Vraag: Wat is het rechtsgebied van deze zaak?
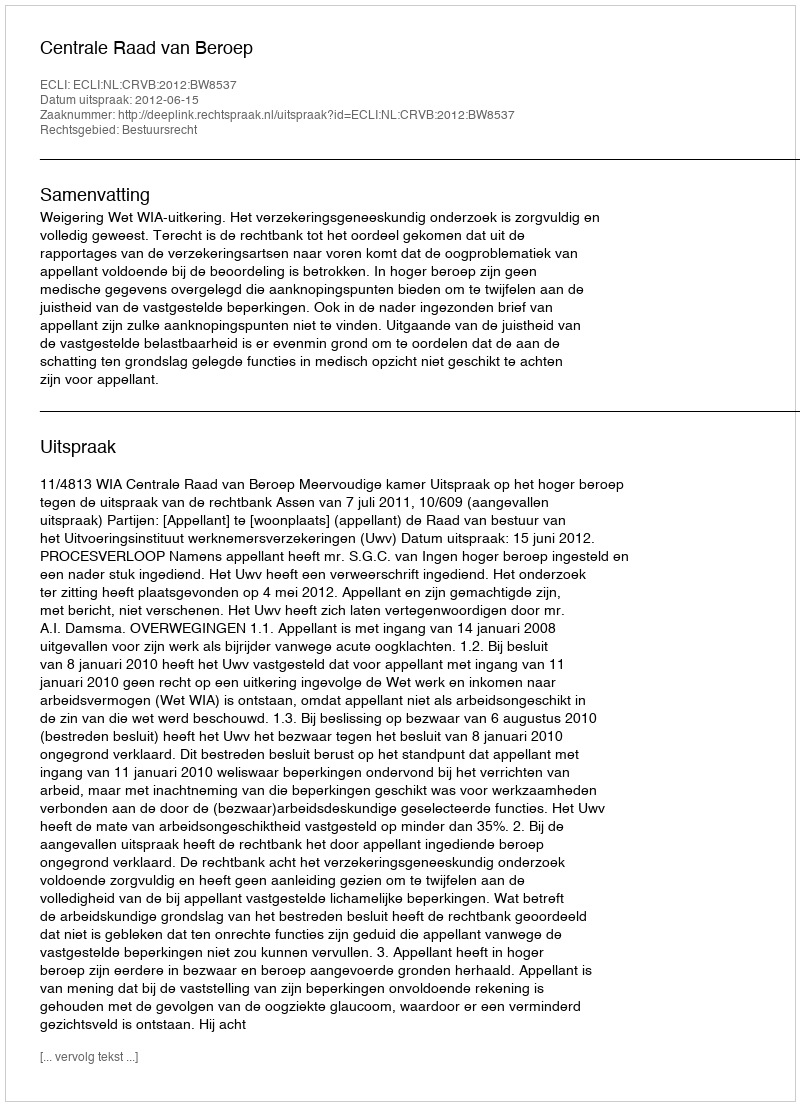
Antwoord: Bestuursrecht